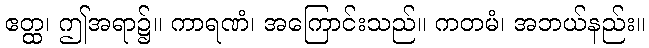
ဧတ္ထ၊ ဤအရာ၌။ ကာရဏံ၊ အကြောင်းသည်။ ကတမံ၊ အဘယ်နည်း။